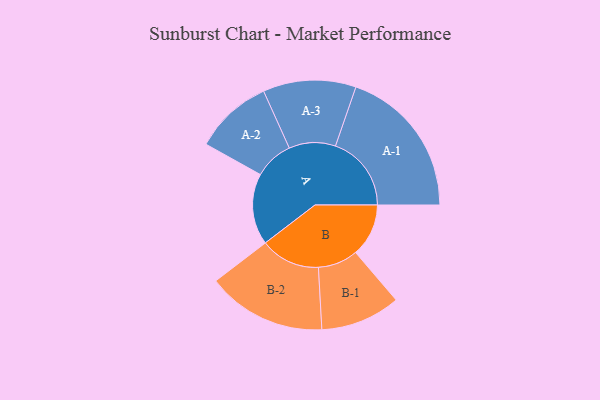
{"axis": {"x": "Segment", "y": "Value"}, "legend": ["", "A", "B"], "data": [{"x": "A", "y": 242, "type": ""}, {"x": "B", "y": 180, "type": ""}, {"x": "A-1", "y": 258, "type": "A"}, {"x": "A-2", "y": 133, "type": "A"}, {"x": "A-3", "y": 158, "type": "A"}, {"x": "B-1", "y": 136, "type": "B"}, {"x": "B-2", "y": 203, "type": "B"}]}